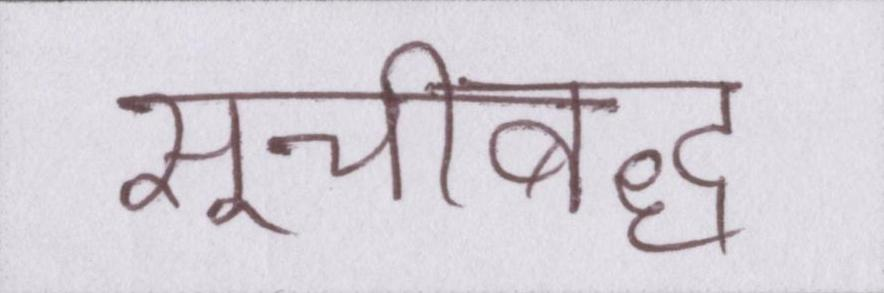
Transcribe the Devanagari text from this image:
सूचीबद्ध